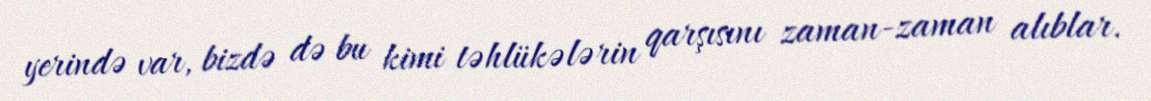
yerində var, bizdə də bu kimi təhlükələrin qarşısını zaman-zaman alıblar.